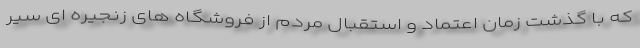
که با گذشت زمان اعتماد و استقبال مردم از فروشگاه های زنجیره ای سیر